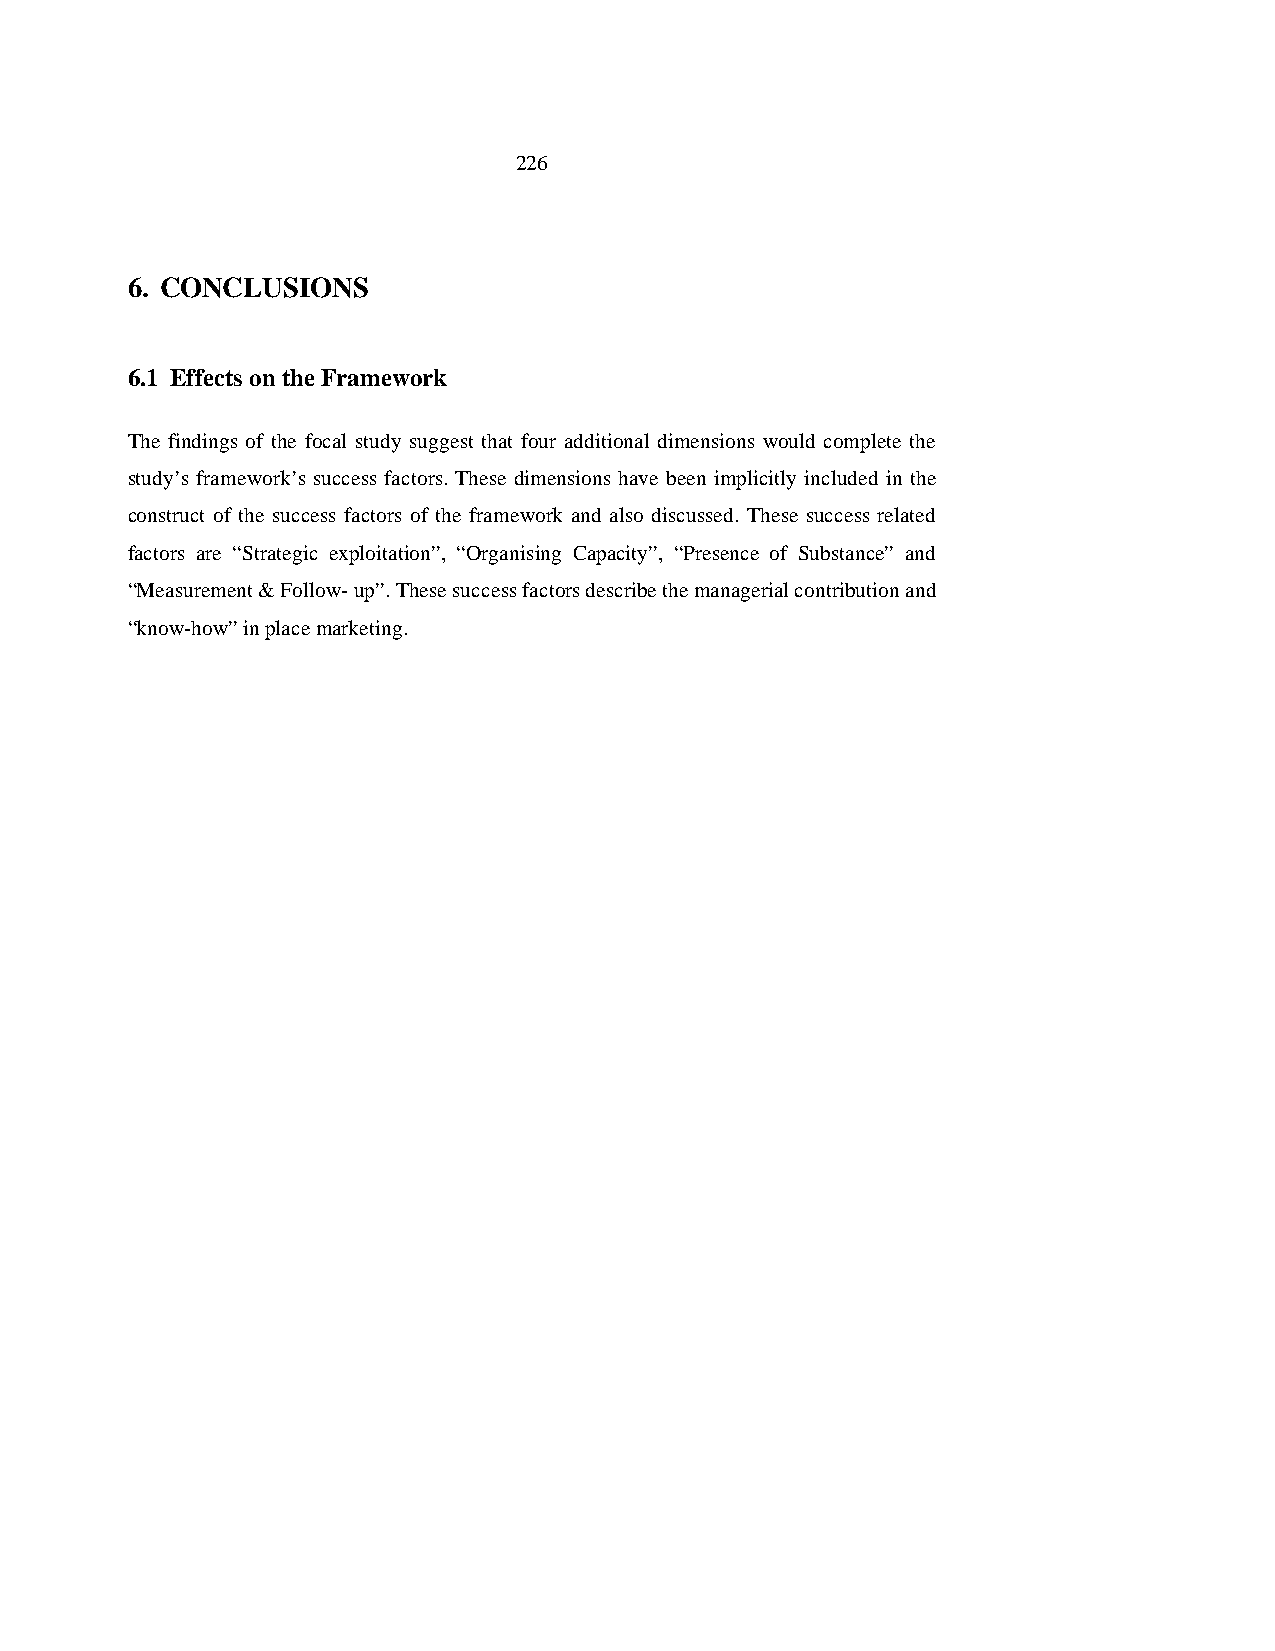
226
 6. CONCLUSIONS
 6.1 Effects on the Framework
 The findings of the focal study suggest that four additional dimensions would complete the
 study’s framework’s success factors. These dimensions have been implicitly included in the
 construct of the success factors of the framework and also discussed. These success related
 factors are “Strategic exploitation”, “Organising Capacity”, “Presence of Substance” and
 “Measurement & Follow- up”. These success factors describe the managerial contribution and
 “know-how” in place marketing.